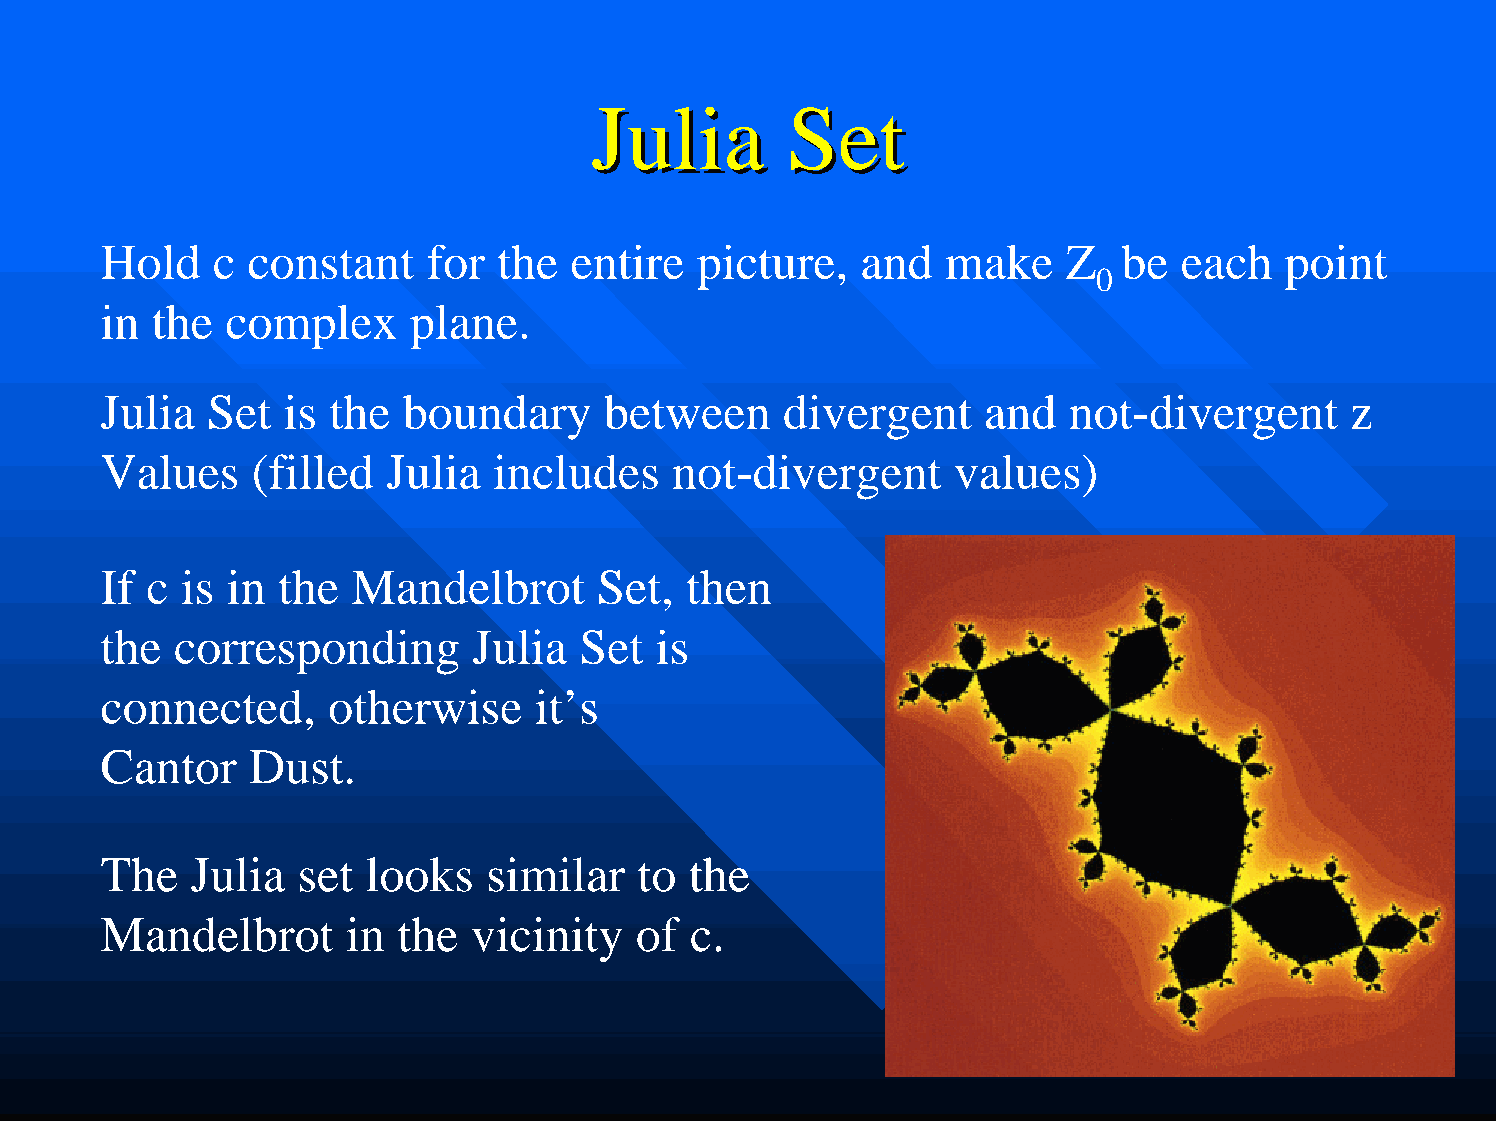
JJuulliiaa   SSeett
 Hold   c constant    for  the  entire  picture,   and   make    Z  be  each   point
 0
 in the  complex     plane.
 Julia  Set  is the  boundary     between     divergent    and   not-divergent     z
 Values    (filled  Julia  includes    not-divergent     values)
 If c is in  the Mandelbrot       Set,  then
 the  corresponding      Julia  Set   is
 connected,     otherwise     it’s
 Cantor    Dust.
 The   Julia  set looks   similar   to  the
 Mandelbrot      in the  vicinity   of  c.